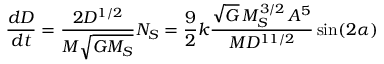
{ \frac { d D } { d t } } = { \frac { 2 D ^ { 1 / 2 } } { M { \sqrt { G M _ { S } } } } } N _ { S } = { \frac { 9 } { 2 } } k { \frac { { \sqrt { G } } \, M _ { S } ^ { 3 / 2 } \, A ^ { 5 } } { M D ^ { 1 1 / 2 } } } \sin ( 2 \alpha )